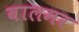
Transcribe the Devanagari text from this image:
बालमर